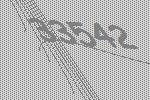
33542